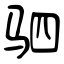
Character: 驷